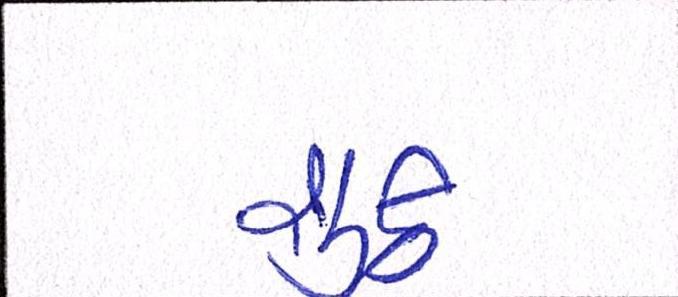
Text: શુક્ર